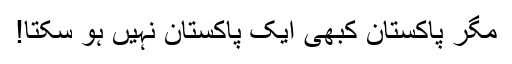
مگر پاکستان کبھی ایک پاکستان نہیں ہو سکتا!